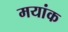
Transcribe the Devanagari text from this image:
मयांक